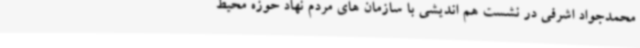
محمدجواد اشرفی در نشست هم اندیشی با سازمان های مردم نهاد حوزه محیط